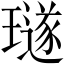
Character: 璲